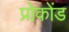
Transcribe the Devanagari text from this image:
प्रोकोंड